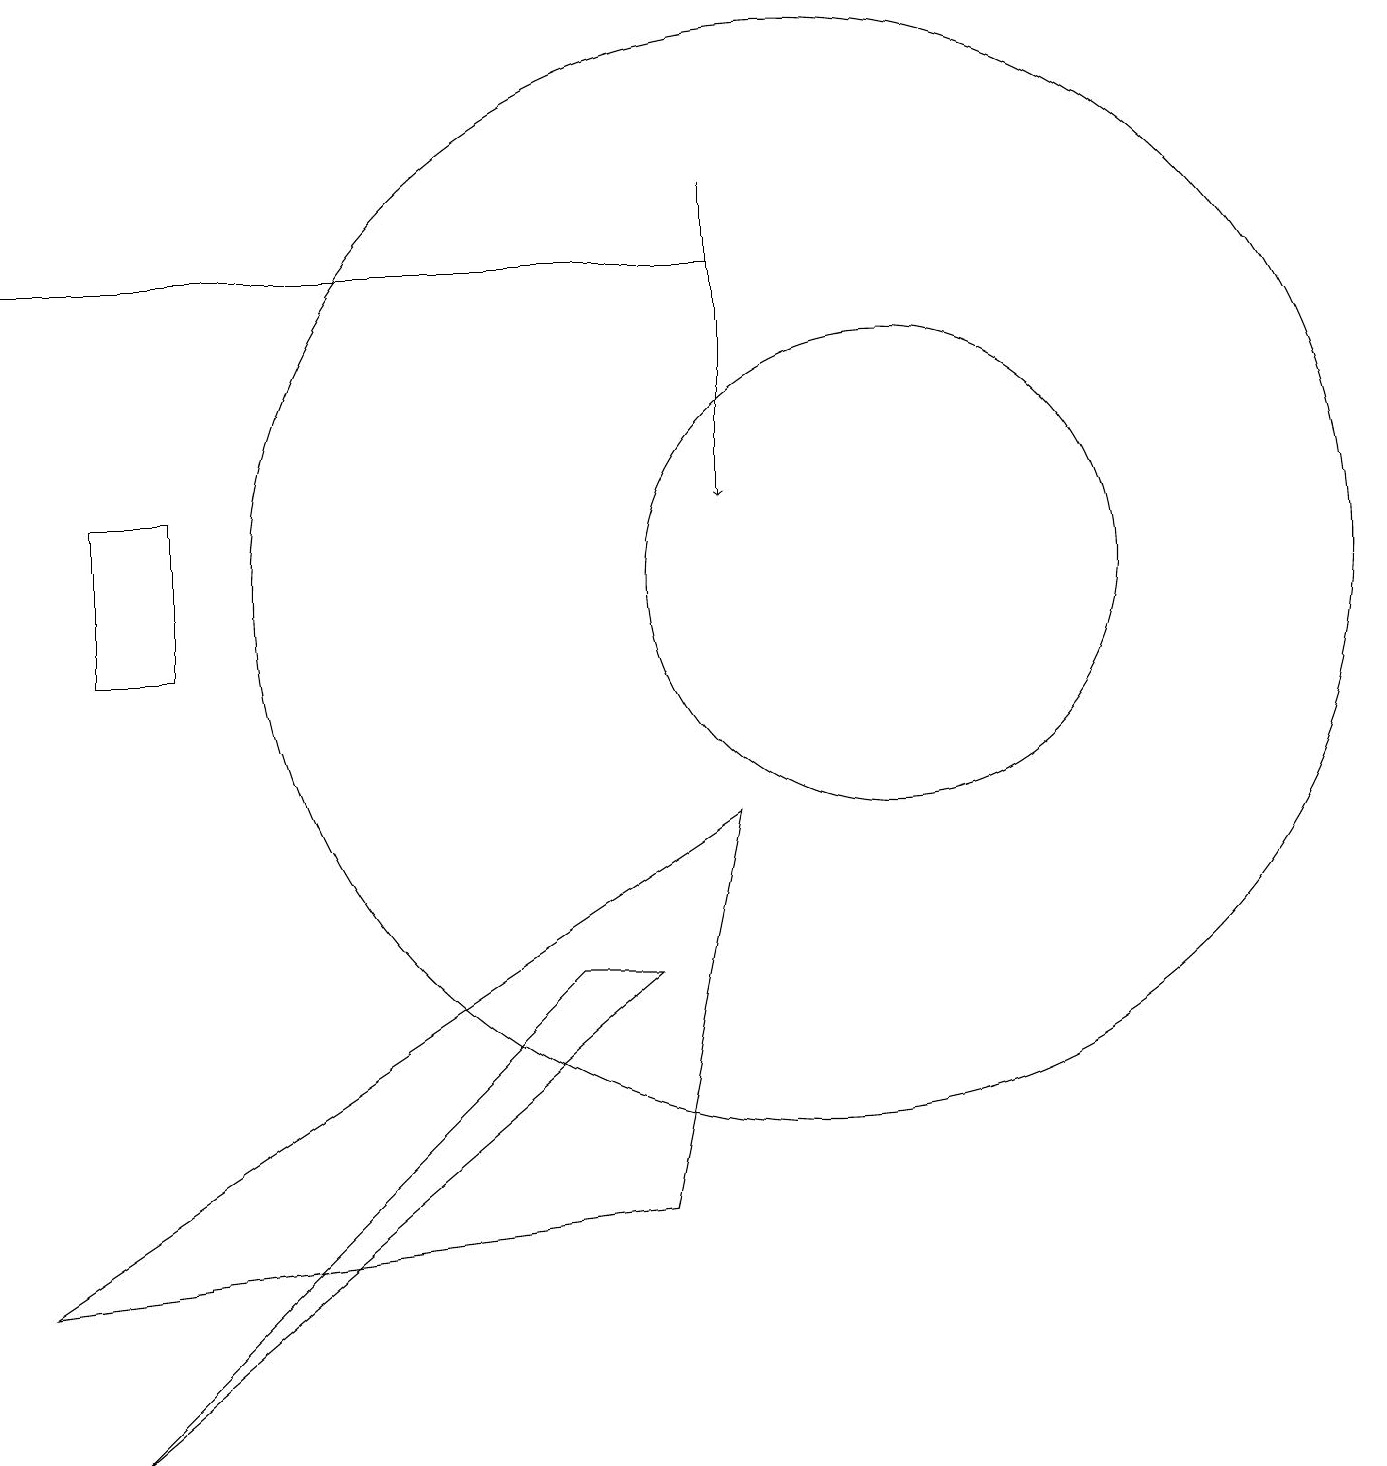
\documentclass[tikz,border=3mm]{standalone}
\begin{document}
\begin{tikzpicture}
\draw (8,6) -- (1,0) -- (7,6) -- cycle;
\draw (10,11) circle (7);
\draw[->] (9,16) -- (9,12);
\draw (9,8) -- (0,2) -- (8,3) -- cycle;
\draw (11,11) circle (3);
\draw (0,15) rectangle (9,15);
\draw (1,12) rectangle (2,10);
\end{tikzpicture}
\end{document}